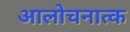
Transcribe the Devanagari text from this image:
आलोचनात्क